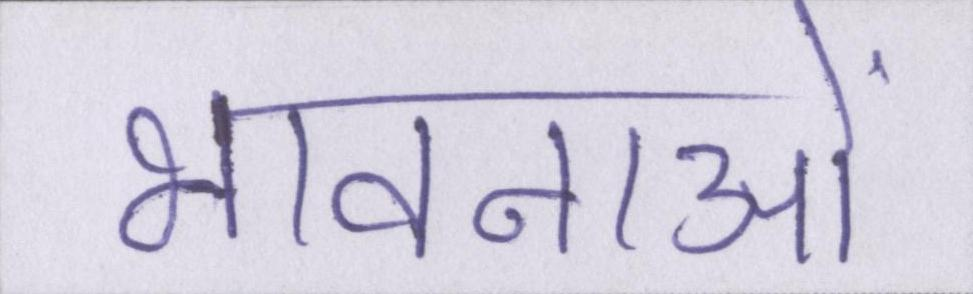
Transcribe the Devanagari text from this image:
भावनाओं